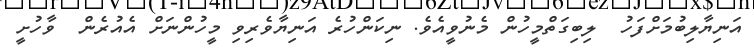
އަނިޔާލިބުމަށްފަހު  ލިބިގަތްމީހުން މެނުވީއެވެ. ނިކަންހުރެ އަނިޔާވެރިވި މީހުންނަށް އެއުރެން  ވާހުށީ